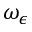
\omega _ { \epsilon }